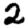
Digit: 2